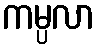
ကမ္ပလာ